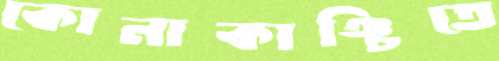
কোনাকাঞ্চিতে